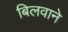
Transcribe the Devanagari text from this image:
बिलवाने